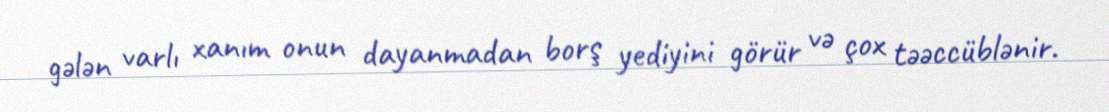
gələn varlı xanım onun dayanmadan borş yediyini görür və çox təəccüblənir.